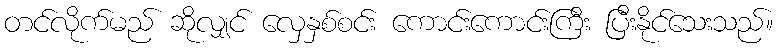
တင်လိုက်မည် ဆိုလျှင် လှေနှစ်စင်း ကောင်းကောင်းကြီး ပြီးနိုင်သေးသည်။